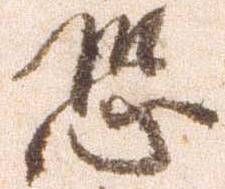
恐